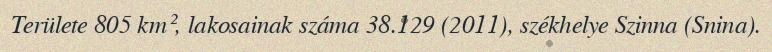
Területe 805 km², lakosainak száma 38.129 (2011), székhelye Szinna (Snina).